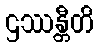
ဌဿန္တီတိ